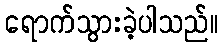
ရောက်သွားခဲ့ပါသည်။